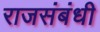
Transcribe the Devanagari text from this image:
राजसंबंधी